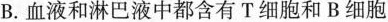
B.血液和淋巴液中都含有T细胞和B细胞